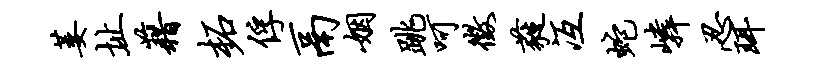
萎址藉柘俘鬲姻跳呵征蕤冱蛇嶙忍珥